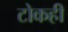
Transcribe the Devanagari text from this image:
टोकही